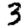
Digit: 3